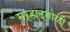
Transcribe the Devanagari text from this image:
मऱ्हाटमोळी